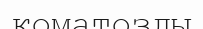
коматозды